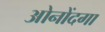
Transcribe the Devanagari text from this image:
ओनोंदगा